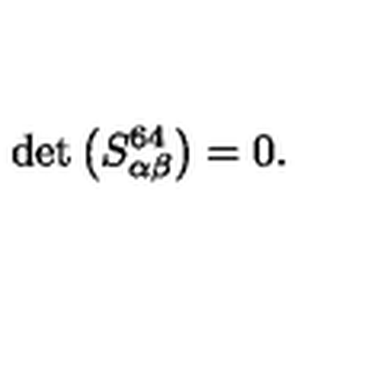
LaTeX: \det \left( S _ { \alpha \beta } ^ { 6 4 } \right) = 0 .